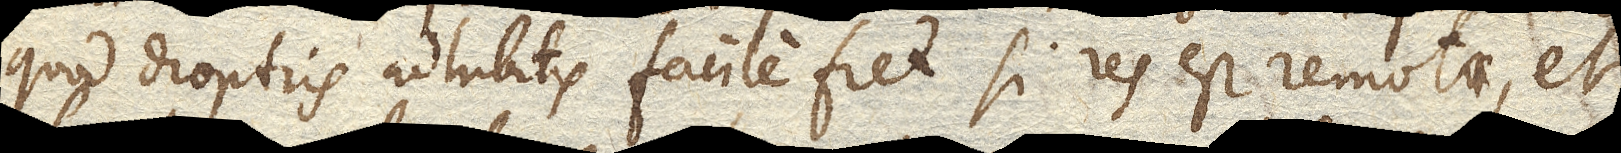
quod dioptris adhibitis facile fiet si res est remota, et